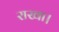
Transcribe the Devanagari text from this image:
राखा।